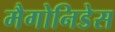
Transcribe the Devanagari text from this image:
मैगोनिडेस